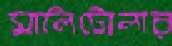
মালিটোলার